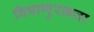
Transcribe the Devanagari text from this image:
विषाणुरक्तता